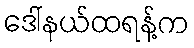
ဒေါ်နယ်ထရန့်က